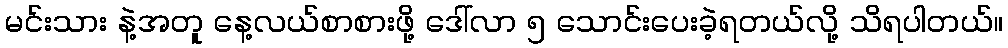
မင်းသား နဲ့အတူ နေ့လယ်စာစားဖို့ ဒေါ်လာ ၅ သောင်းပေးခဲ့ရတယ်လို့ သိရပါတယ်။